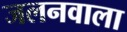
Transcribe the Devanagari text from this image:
जलनवाला